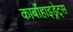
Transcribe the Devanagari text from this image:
कार्बोहाइड्रेट्‌स